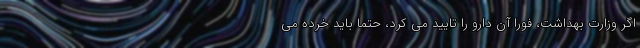
اگر وزارت بهداشت، فوراً آن دارو را تایید می کرد، حتماً باید خرده می